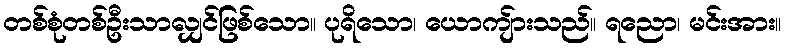
တစ်စုံတစ်ဦးသာလျှင်ဖြစ်သော။ ပုရိသော၊ ယောကျ်ားသည်။ ရညော၊ မင်းအား။